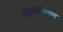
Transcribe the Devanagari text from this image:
अबुधाबीतून